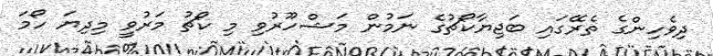
ދިވެހިންގެ ތެރޭގައި ބަޖިޔާކޯޗުގެ ނަމުން މަޝްހޫރުވި މި ކޯޗު މަރުވީ މިދިޔަ ހޯމަ